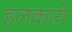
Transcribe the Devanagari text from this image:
हलकाये